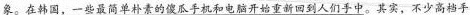
象。在韩国，一些最简单朴素的傻瓜手机和电脑开始重新回到人们手中。其实，不少高档手